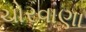
ચોરવાણા